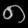
Digit: ၈